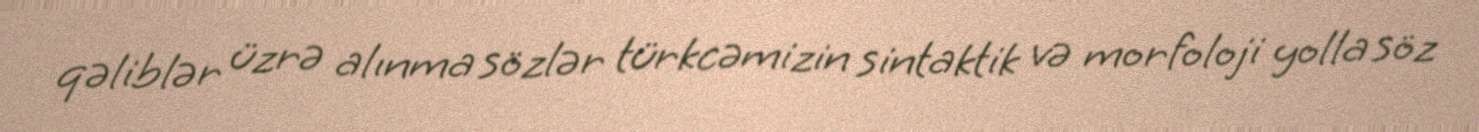
qəliblər üzrə alınma sözlər türkcəmizin sintaktik və morfoloji yolla söz